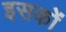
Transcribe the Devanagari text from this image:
इसकों